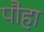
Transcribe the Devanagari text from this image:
पौहा